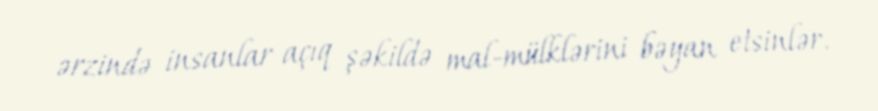
ərzində insanlar açıq şəkildə mal-mülklərini bəyan etsinlər.